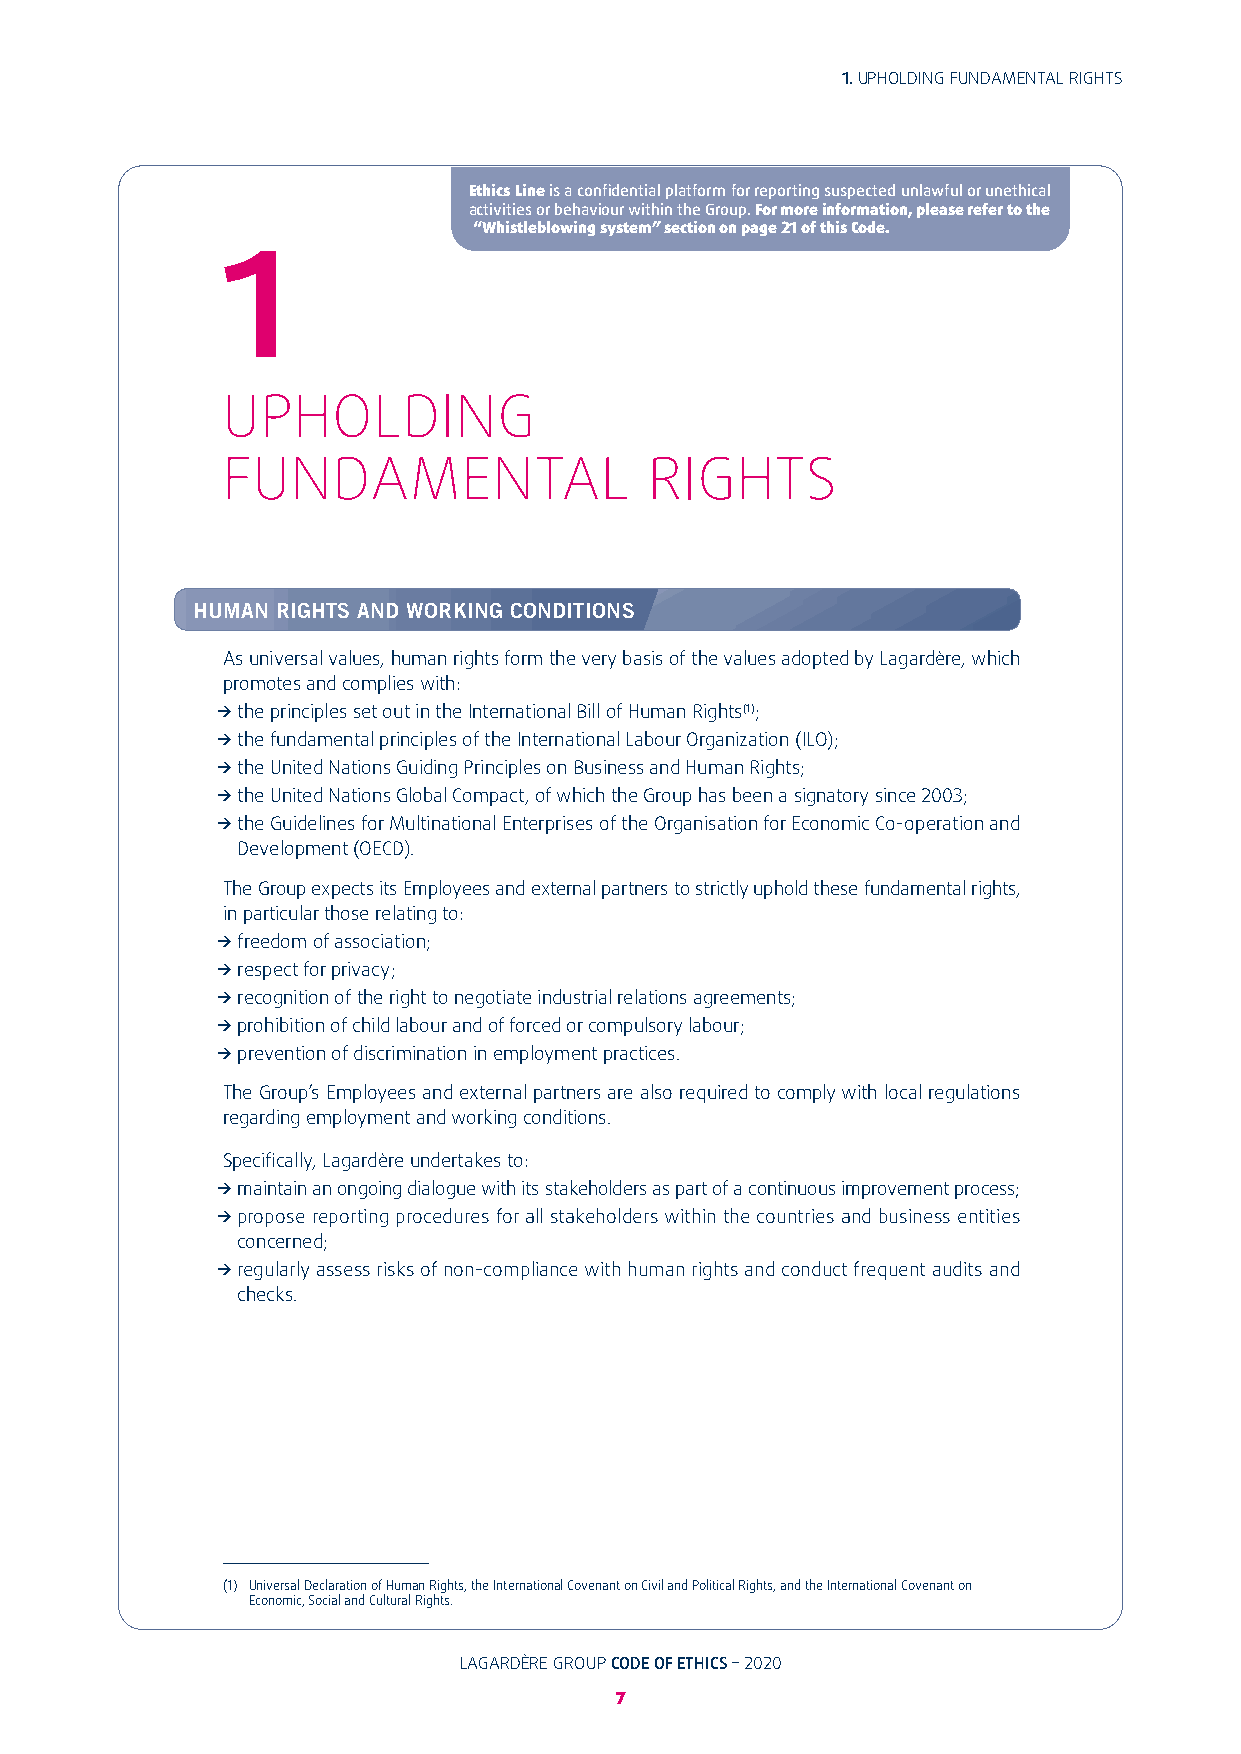
1. UPHOLDING FUNDAMENTAL RIGHTS
 Ethics Line is a confidential platform for reporting suspected unlawful or unethical
 activities or behaviour within the Group. For more information, please refer to the
 “Whistleblowing system” section on page 21 of this Code.
 1
 UPHOLDING
 FUNDAMENTAL                 RIGHTS
 HUMAN RIGHTS AND WORKING CONDITIONS
 As universal values, human rights form the very basis of the values adopted by Lagardère, which
 promotes and complies with:
 _ the principles set out in the International Bill of Human Rights(1);
 _ the fundamental principles of the International Labour Organization (ILO);
 _ the United Nations Guiding Principles on Business and Human Rights;
 _ the United Nations Global Compact, of which the Group has been a signatory since 2003;
 _ the Guidelines for Multinational Enterprises of the Organisation for Economic Co-operation and
 Development (OECD)�
 The Group expects its Employees and external partners to strictly uphold these fundamental rights,
 in particular those relating to:
 _ freedom of association;
 _ respect for privacy;
 _ recognition of the right to negotiate industrial relations agreements;
 _ prohibition of child labour and of forced or compulsory labour;
 _ prevention of discrimination in employment practices�
 The Group’s Employees and external partners are also required to comply with local regulations
 regarding employment and working conditions�
 Specifically, Lagardère undertakes to:
 _ maintain an ongoing dialogue with its stakeholders as part of a continuous improvement process;
 _ propose reporting procedures for all stakeholders within the countries and business entities
 concerned;
 _ regularly assess risks of non-compliance with human rights and conduct frequent audits and
 checks�
 (1) U niversal Declaration of Human Rights, the International Covenant on Civil and Political Rights, and the International Covenant on
 Economic, Social and Cultural Rights�
 LAGARDÈRE GROUP CODE OF ETHICS – 2020                                              LAGARDÈRE GROUP CODE OF ETHICS – 2020
 7